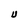
Character: U